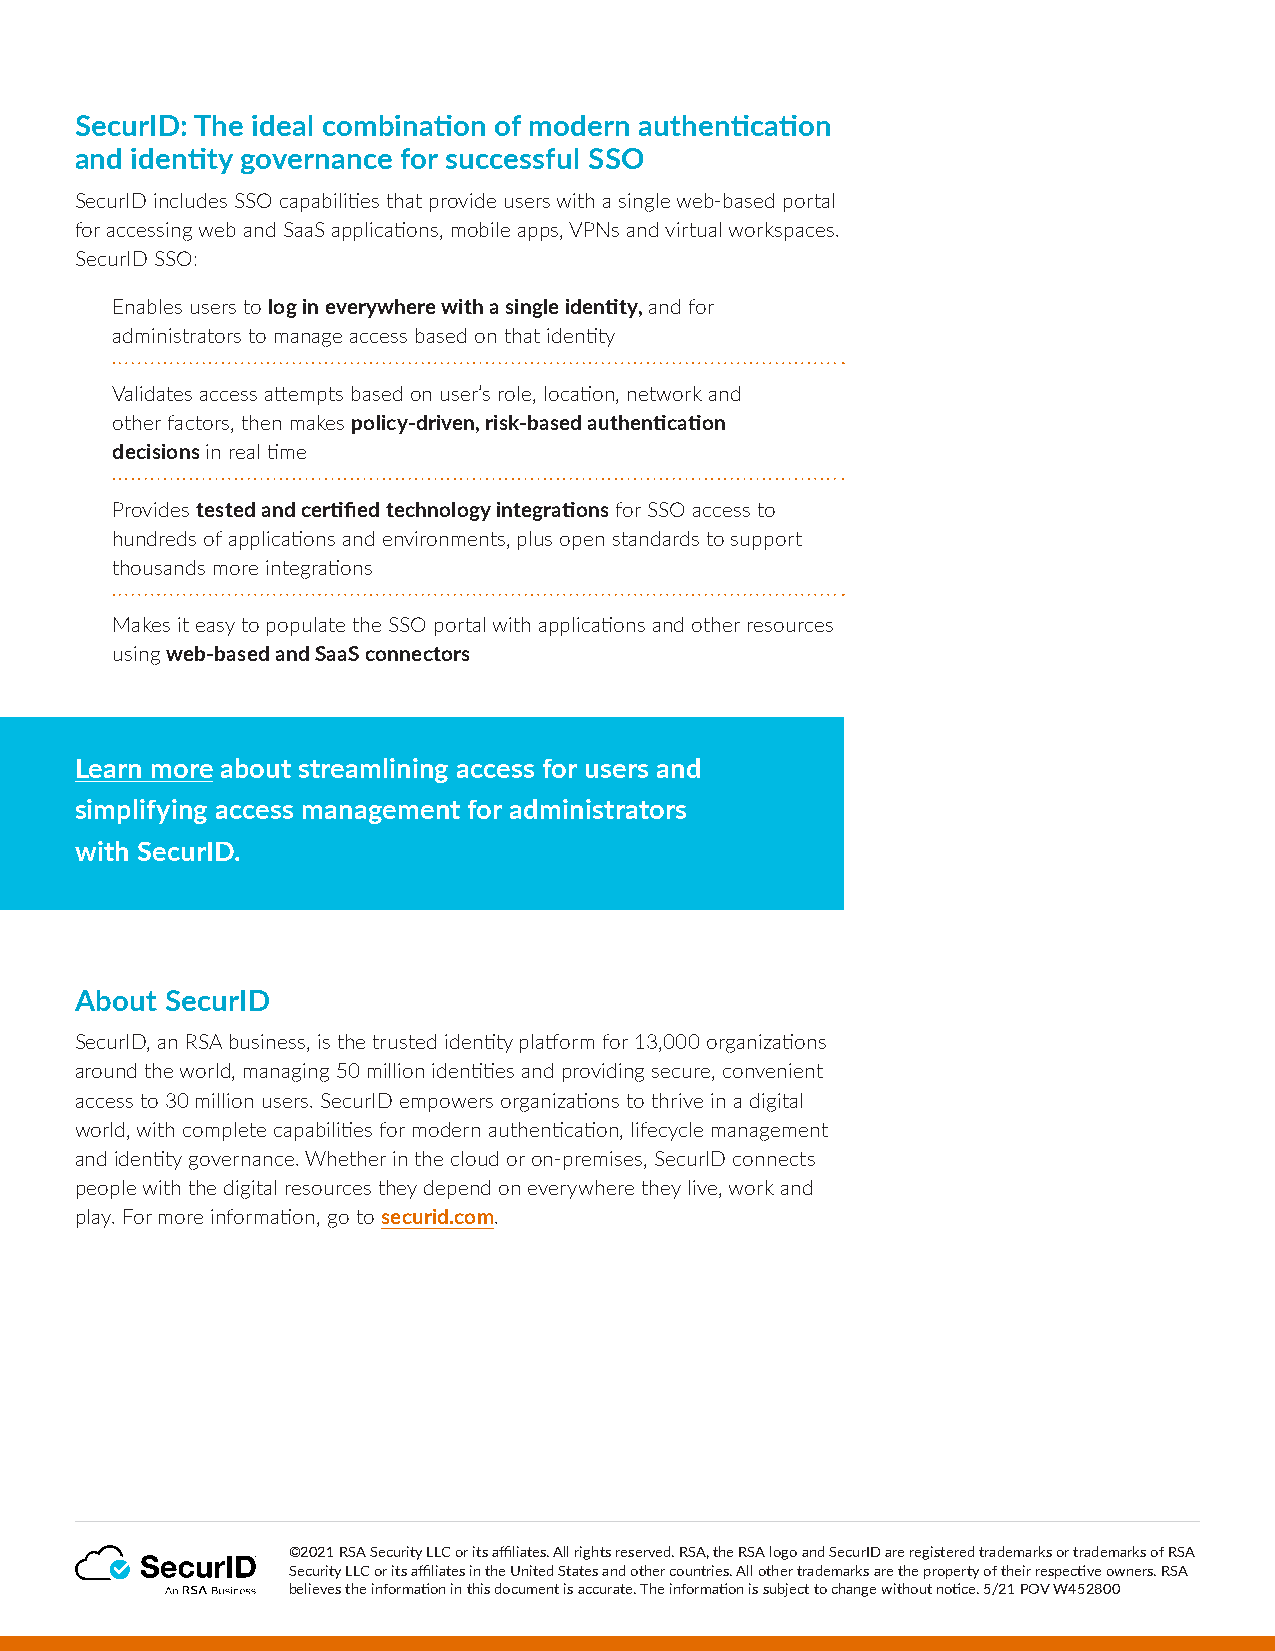
SecurID: The ideal combination of modern authentication
 and identity governance for successful SSO
 SecurID includes SSO capabilities that provide users with a single web-based portal
 for accessing web and SaaS applications, mobile apps, VPNs and virtual workspaces.
 SecurID SSO:
 Enables users to log in everywhere with a single identity, and for
 administrators to manage access based on that identity
 Validates access attempts based on user’s role, location, network and
 other factors, then makes policy-driven, risk-based authentication
 decisions in real time
 Provides tested and certified technology integrations for SSO access to
 hundreds of applications and environments, plus open standards to support
 thousands more integrations
 Makes it easy to populate the SSO portal with applications and other resources
 using web-based and SaaS connectors
 Learn more about streamlining access for users and
 simplifying access management for administrators
 with SecurID.
 About SecurID
 SecurID, an RSA business, is the trusted identity platform for 13,000 organizations
 around the world, managing 50 million identities and providing secure, convenient
 access to 30 million users. SecurID empowers organizations to thrive in a digital
 world, with complete capabilities for modern authentication, lifecycle management
 and identity governance. Whether in the cloud or on-premises, SecurID connects
 people with the digital resources they depend on everywhere they live, work and
 play. For more information, go to securid.com.
 ©2021 RSA Security LLC or its affiliates. All rights reserved. RSA, the RSA logo and SecurID are registered trademarks or trademarks of RSA
 Security LLC or its affiliates in the United States and other countries. All other trademarks are the property of their respective owners. RSA
 believes the information in this document is accurate. The information is subject to change without notice. 5/21 POV W452800